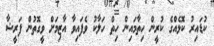
ކުޑައިރު ކޮޅެއްގެ ކުރީން ހިތާމައިން ހިތް ހަލާކު ވެފައިވާ އާޒިމަށް ވީގޮތުން ފަރީޝާ